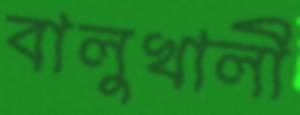
বালুখালী